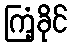
ကြံ့ခိုင်